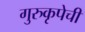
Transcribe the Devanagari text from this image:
गुरुकृपेची